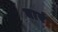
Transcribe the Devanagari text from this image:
बारं